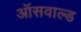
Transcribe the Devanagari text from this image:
ऑसवाल्ड